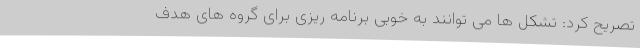
تصریح کرد: تشکل ها می توانند به خوبی برنامه ریزی برای گروه های هدف